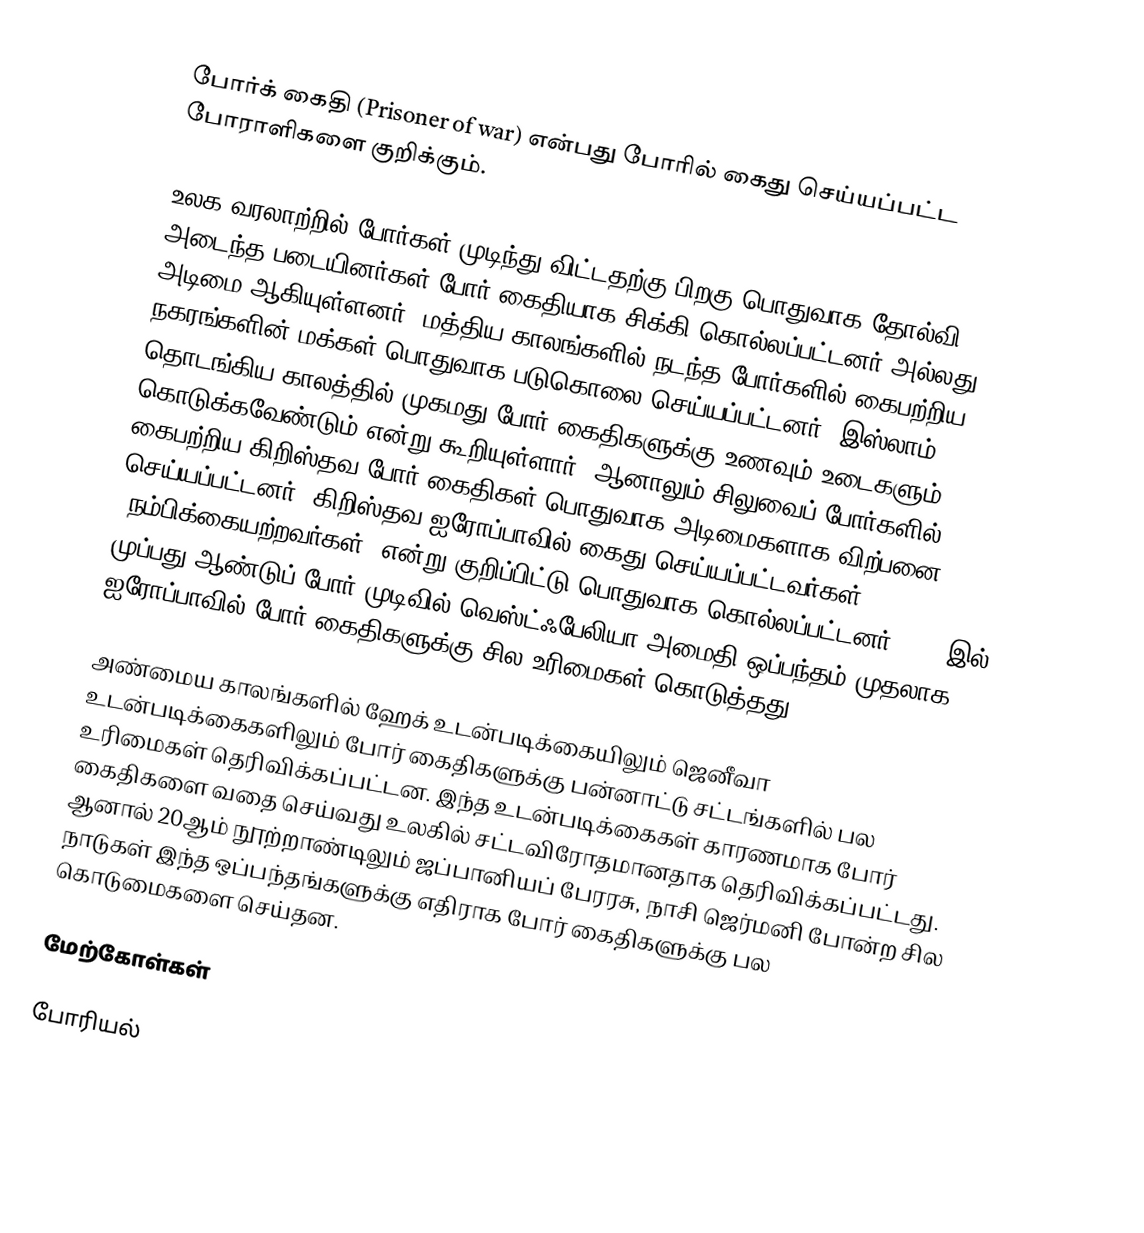
போர்க் கைதி (Prisoner of war) என்பது போரில் கைது செய்யப்பட்ட போராளிகளை குறிக்கும்.

உலக வரலாற்றில் போர்கள் முடிந்து விட்டதற்கு பிறகு பொதுவாக தோல்வி அடைந்த படையினர்கள் போர் கைதியாக சிக்கி கொல்லப்பட்டனர் அல்லது அடிமை ஆகியுள்ளனர். மத்திய காலங்களில் நடந்த போர்களில் கைபற்றிய நகரங்களின் மக்கள் பொதுவாக படுகொலை செய்யப்பட்டனர். இஸ்லாம் தொடங்கிய காலத்தில் முகமது போர் கைதிகளுக்கு உணவும் உடைகளும் கொடுக்கவேண்டும் என்று கூறியுள்ளார். ஆனாலும் சிலுவைப் போர்களில் கைபற்றிய கிறிஸ்தவ போர் கைதிகள் பொதுவாக அடிமைகளாக விற்பனை செய்யப்பட்டனர். கிறிஸ்தவ ஐரோப்பாவில் கைது செய்யப்பட்டவர்கள் "நம்பிக்கையற்றவர்கள்" என்று குறிப்பிட்டு பொதுவாக கொல்லப்பட்டனர். 1648இல் முப்பது ஆண்டுப் போர் முடிவில் வெஸ்ட்ஃபேலியா அமைதி ஒப்பந்தம் முதலாக ஐரோப்பாவில் போர் கைதிகளுக்கு சில உரிமைகள் கொடுத்தது.

அண்மைய காலங்களில் ஹேக் உடன்படிக்கையிலும் ஜெனீவா உடன்படிக்கைகளிலும் போர் கைதிகளுக்கு பன்னாட்டு சட்டங்களில் பல உரிமைகள் தெரிவிக்கப்பட்டன. இந்த உடன்படிக்கைகள் காரணமாக போர் கைதிகளை வதை செய்வது உலகில் சட்டவிரோதமானதாக தெரிவிக்கப்பட்டது. ஆனால் 20ஆம் நூற்றாண்டிலும் ஜப்பானியப் பேரரசு, நாசி ஜெர்மனி போன்ற சில நாடுகள் இந்த ஒப்பந்தங்களுக்கு எதிராக போர் கைதிகளுக்கு பல கொடுமைகளை செய்தன.

மேற்கோள்கள்

போரியல்